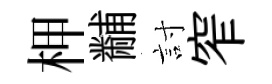
柙黼討窄